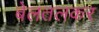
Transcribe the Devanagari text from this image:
बेलतलकर